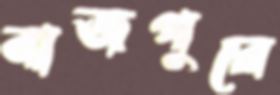
বাজপুরে